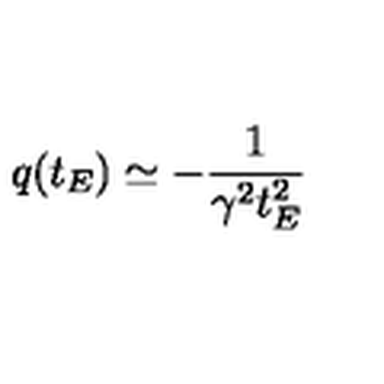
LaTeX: q ( t _ { E } ) \simeq - \frac { 1 } { \gamma ^ { 2 } t _ { E } ^ { 2 } }